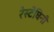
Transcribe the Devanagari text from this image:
रेस्टेघिनी